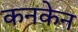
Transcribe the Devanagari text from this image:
कनकेन